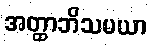
အတ္ထာဘိသမယာ